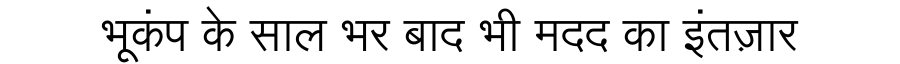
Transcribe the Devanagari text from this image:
भूकंप के साल भर बाद भी मदद का इंतज़ार